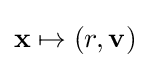
\mathbf {x} \mapsto (r,\mathbf {v} )